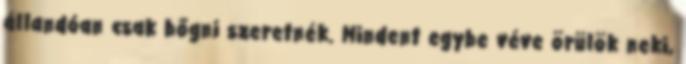
állandóan csak bőgni szeretnék. Mindent egybe véve örülök neki,